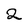
Character: 2